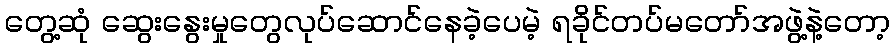
တွေ့ဆုံ ဆွေးနွေးမှုတွေလုပ်ဆောင်နေခဲ့ပေမဲ့ ရခိုင်တပ်မတော်အဖွဲ့နဲ့တော့